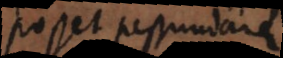
posset pessundare